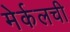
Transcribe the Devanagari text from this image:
मेर्कलची